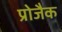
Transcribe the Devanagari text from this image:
प्रोजैक